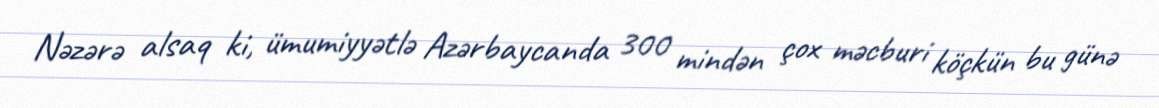
Nəzərə alsaq ki, ümumiyyətlə Azərbaycanda 300 mindən çox məcburi köçkün bu günə